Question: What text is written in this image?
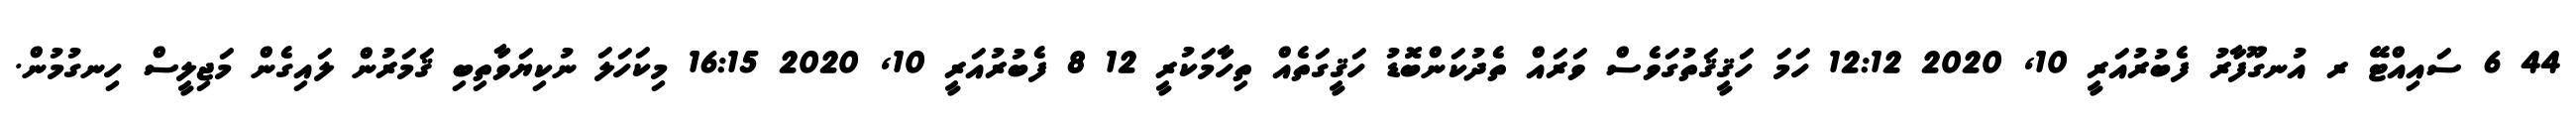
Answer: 44 6 ސައިއްޓޭ ރ އުނގޫފާރު ފެބުރުއަރީ 10, 2020 12:12 ހަމަ ހަޤީޤަތުގަވެސް ވަރައް ތެދުކަންބޮޑު ހަޤީގަތެއް ތިހާމަކުރީ 12 8 ފެބުރުއަރީ 10, 2020 16:15 މިކަހަލަ ނުކިޔަވާތިބި ޤަމަރުން ލައިގެން މަޖިލީސް ހިނގުމުން.